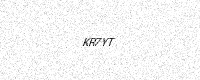
Text: KR7YT